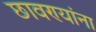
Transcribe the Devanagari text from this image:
छावण्यांना